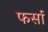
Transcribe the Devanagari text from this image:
फर्सा